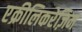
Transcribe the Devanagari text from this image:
एक्रीलिकरेज़िन